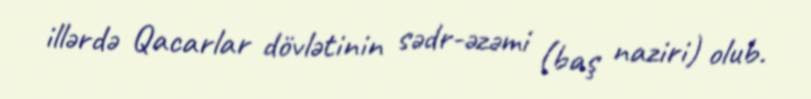
illərdə Qacarlar dövlətinin sədr-əzəmi (baş naziri) olub.